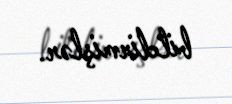
bildirmişlər.